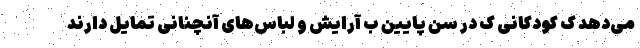
می‌دهد ک کودکانی ک در سن پایین ب آرایش و لباس‌های آنچنانی تمایل دارند